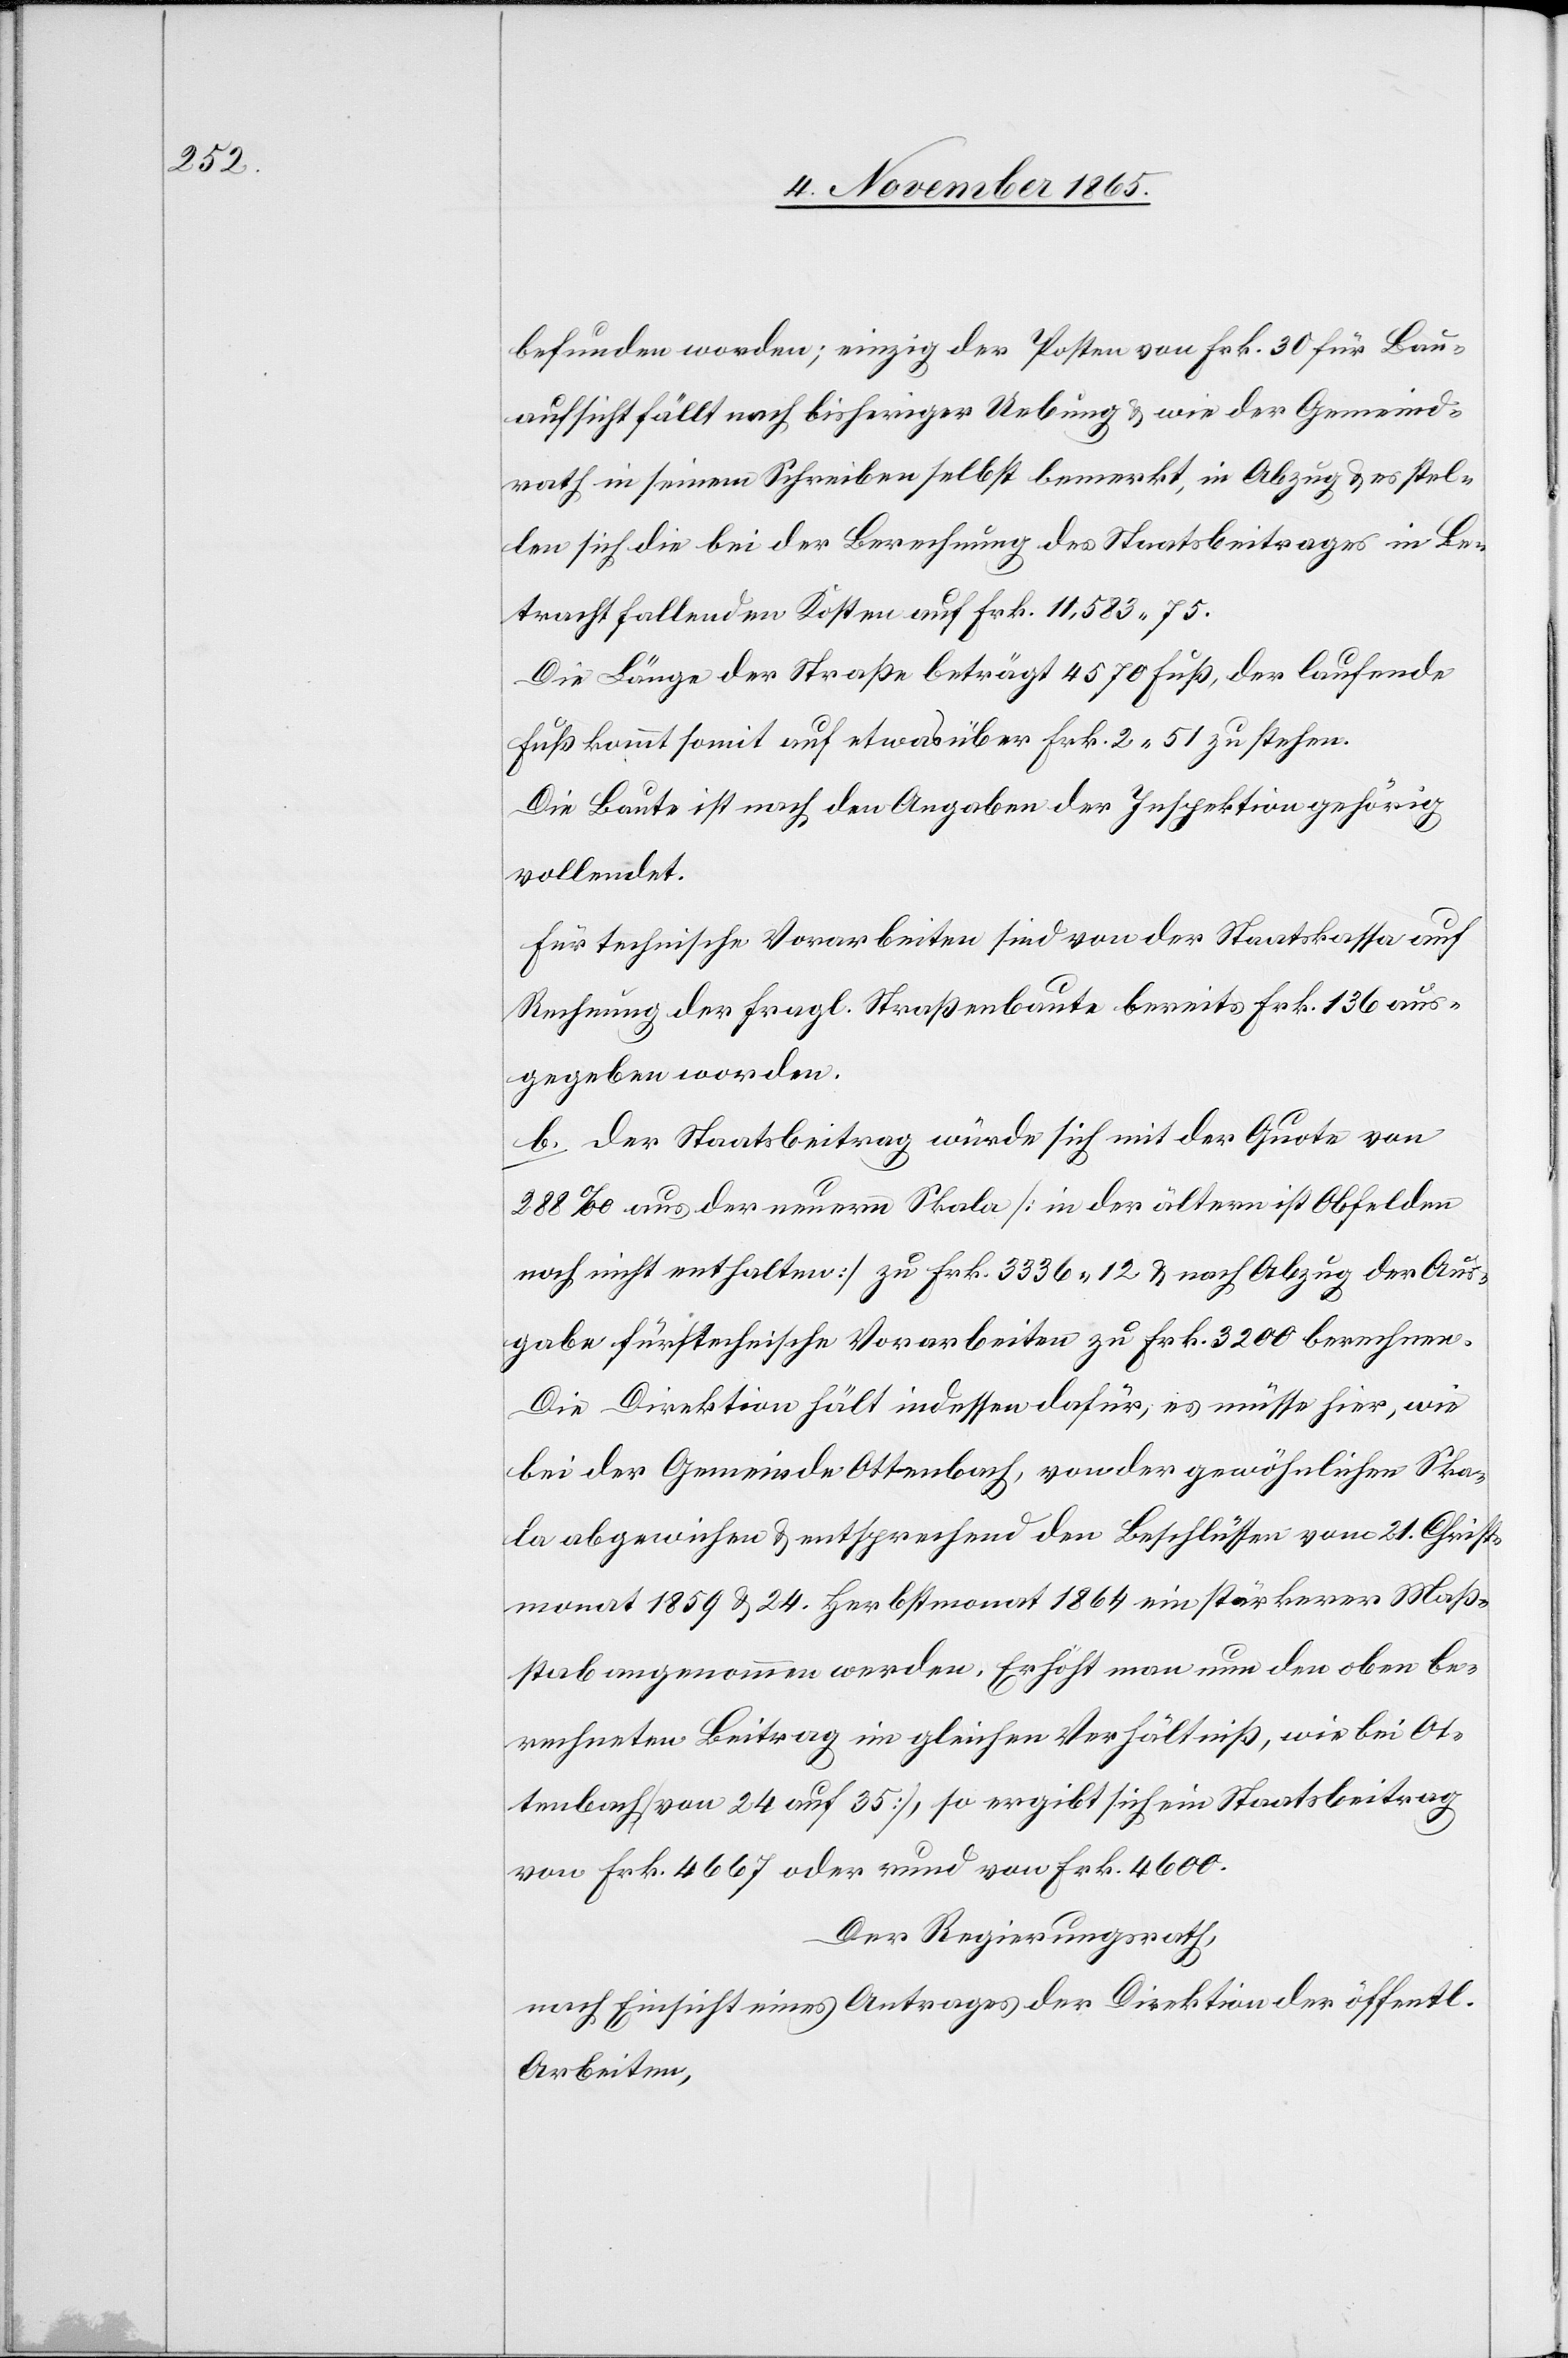
befunden worden; einzig der Posten von Frk. 30 für Bau¬
aufsicht fällt nach bisheriger Uebung & wie der Gemeind¬
rath in seinem Schreiben selbst bemerkt, in Abzug & es stel¬
len sich die bei der Berechnung des Staatsbeitrages in Be¬
tracht fallenden Kosten auf Frk. 11,538 75.
Die Länge der Straße beträgt 4570 Fuß, der laufende
Fuß kommt somit auf etwas über Frk. 2 51 zu stehen.
Die Baute ist nach den Angaben der Inspektion gehörig
vollendet.
Für technische Vorarbeiten sind von der Staatskassa auf
Rechnung der fragl. Straßenbaute bereits Frk. 136 aus¬
gegeben worden.
b. Der Staatsbeitrag würde sich mit der Quote von
288‰ aus der neuern Skala [in der ältern ist Obfelden
noch nicht enthalten] zu Frk. 3336 12 & nach Abzug der Aus¬
gabe für technische Vorarbeiten zu Frk. 3200 berechnen.
Die Direktion hält indessen dafür, es müsse hier, wie
bei der Gemeinde Ottenbach, von der gewöhnlichen Ska¬
la abgewichen & entsprechend den Beschlüssen vom 21. Christ¬
monat 1859 & 24. Herbstmonat 1864 ein stärkerer Maß¬
stab angenommen werden. Erhöht man nun den oben be¬
rechneten Beitrag im gleichen Verhältniß, wie bei Ot¬
tenbach [von 24 auf 35], so ergibt sich ein Staatsbeitrag
von Frk. 4667 oder rund von Frk. 4600.
Der Regierungsrath,
nach Einsicht eines Antrages der Direktion der öffentl.
Arbeiten,